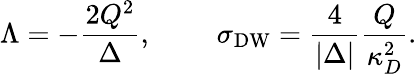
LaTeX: \Lambda=-{\frac{2Q^{2}}{\Delta}},\ \ \ \ \ \ \ \ \ \sigma_{\mathrm{DW}}={\frac{4}{|\Delta|}}{\frac{Q}{\kappa_{D}^{2}}}.